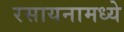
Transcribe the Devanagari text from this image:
रसायनामध्ये